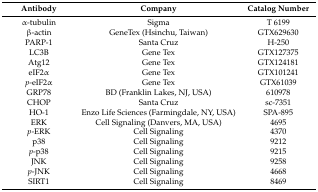
<table><thead><tr><td><b>Antibody</b></td><td><b>Company</b></td><td><b>Catalog Number</b></td></tr></thead><tbody><tr><td>α-tubulin</td><td>Sigma</td><td>T 6199</td></tr><tr><td>β-actin</td><td>GeneTex (Hsinchu, Taiwan)</td><td>GTX629630</td></tr><tr><td>PARP-1</td><td>Santa Cruz</td><td>H-250</td></tr><tr><td>LC3B</td><td>Gene Tex</td><td>GTX127375</td></tr><tr><td>Atg12</td><td>Gene Tex</td><td>GTX124181</td></tr><tr><td>eIF2α</td><td>Gene Tex</td><td>GTX101241</td></tr><tr><td><i>p</i>-eIF2α</td><td>Gene Tex</td><td>GTX61039</td></tr><tr><td>GRP78</td><td>BD (Franklin Lakes, NJ, USA)</td><td>610978</td></tr><tr><td>CHOP</td><td>Santa Cruz</td><td>sc-7351</td></tr><tr><td>HO-1</td><td>Enzo Life Sciences (Farmingdale, NY, USA)</td><td>SPA-895</td></tr><tr><td>ERK</td><td>Cell Signaling (Danvers, MA, USA)</td><td>4695</td></tr><tr><td><i>p</i>-ERK</td><td>Cell Signaling</td><td>4370</td></tr><tr><td>p38</td><td>Cell Signaling</td><td>9212</td></tr><tr><td><i>p</i>-p38</td><td>Cell Signaling</td><td>9215</td></tr><tr><td>JNK</td><td>Cell Signaling</td><td>9258</td></tr><tr><td><i>p</i>-JNK</td><td>Cell Signaling</td><td>4668</td></tr><tr><td>SIRT1</td><td>Cell Signaling</td><td>8469</td></tr></tbody></table>